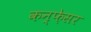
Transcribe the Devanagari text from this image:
कन्फ़ेसर